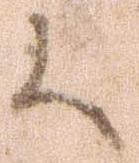
候